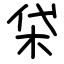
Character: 柋